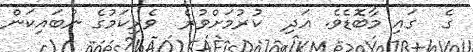
ގެ  ގައި މާބޮޑެވެ. އަދި  ކުރުމަށްވުރެ  ވެރިކަމުގެ ނުބައިކަން